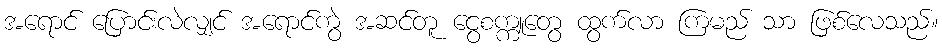
အရောင် ပြောင်းလဲလျှင် အရောင်ကွဲ အဆင်တူ ငွေစက္ကူတွေ ထွက်လာ ကြမည် သာ ဖြစ်လေသည်။